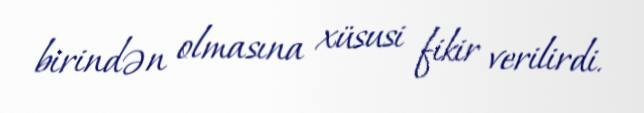
birindən olmasına xüsusi fikir verilirdi.